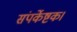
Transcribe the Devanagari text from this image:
संपर्केष्टक।